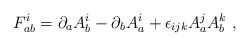
\begin{align*}F^i_{ab} = \partial_a A^i_b - \partial_b A^i_a + \epsilon_{ijk} A^j_a A^k_b\ ,\end{align*}